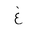
Letter: _gayn